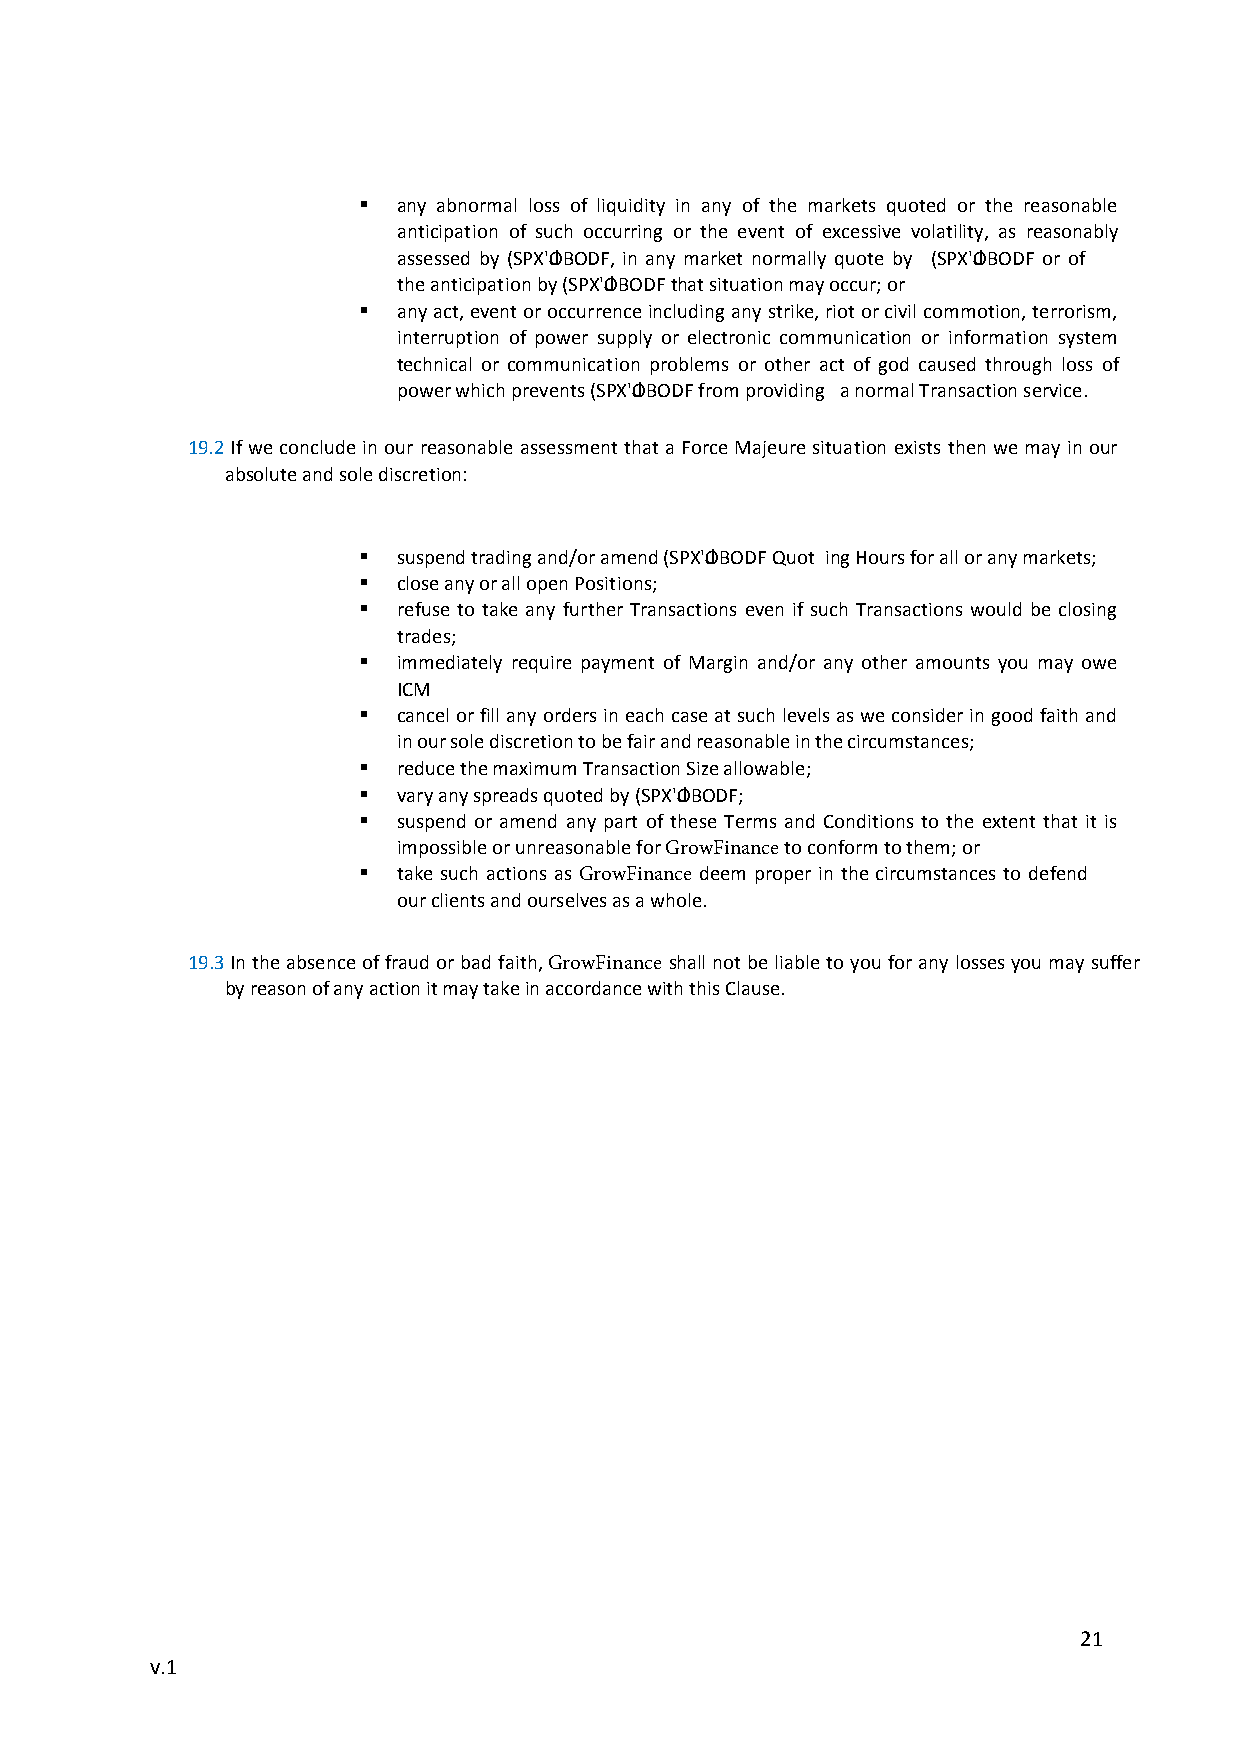
 any abnormal loss of liquidity in any of the markets quoted or the reasonable
 anticipation of such occurring or the event of excessive volatility, as reasonably
 assessed by PandaStocks, in any market normally quote by PandaStocks or of the
 anticipation by PandaStocks that situation may occur; or
  any act, event or occurrence including any strike, riot or civil commotion, terrorism,
 interruption of power supply or electronic communication or information system
 technical or communication problems or other act of god caused through loss of
 power which prevents PandaStocks from providing a normal Transaction service.
 19.2 If we conclude in our reasonable assessment that a Force Majeure situation exists then we may in our
 absolute and sole discretion:
  suspend trading and/or amend PandaStocks Quoting Hours for all or any markets;
  close any or all open Positions;
  refuse to take any further Transactions even if such Transactions would be closing
 trades;
  immediately require payment of Margin and/or any other amounts you may owe
 ICM
  cancel or fill any orders in each case at such levels as we consider in good faith and
 in our sole discretion to be fair and reasonable in the circumstances;
  reduce the maximum Transaction Size allowable;
  vary any spreads quoted by PandaStocks;
  suspend or amend any part of these Terms and Conditions to the extent that it is
 impossible or unreasonable for PandaStocks to conform to them; or
  take such actions as PandaStocks deem proper in the circumstances to defend our
 clients and ourselves as a whole.
 19.3 In the absence of fraud or bad faith, PandaStocks shall not be liable to you for any losses you may suffer
 by reason of any action it may take in accordance with this Clause.
 21
 v.1